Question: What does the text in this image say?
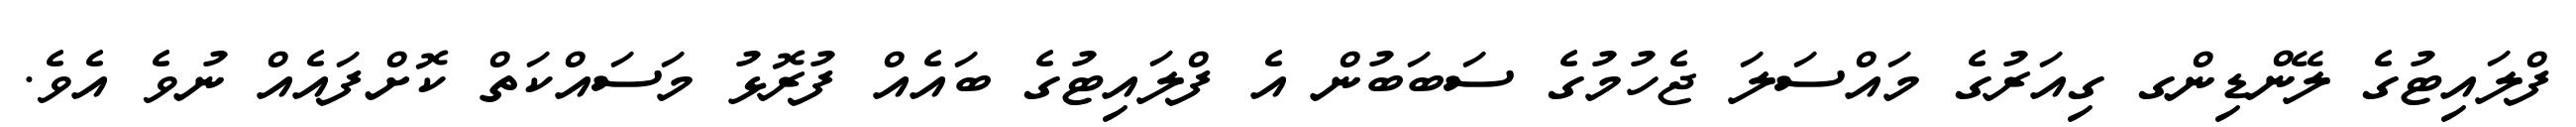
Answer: ފްލައިޓުގެ ލޭންޑިންގ ގިއަރުގެ މައްސަލަ ޖެހުމުގެ ސަބަބުން އެ ފްލައިޓުގެ ބައެއް ފުރޮޅު މަސައްކަތް ކޮށްފައެއް ނުވެ އެވެ.